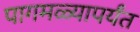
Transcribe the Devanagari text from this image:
पागमळ्यापर्यंत